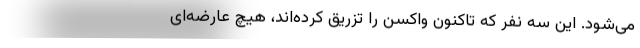
می‌شود. این سه نفر که تاکنون واکسن را تزریق کرده‌اند، هیچ عارضه‌ای